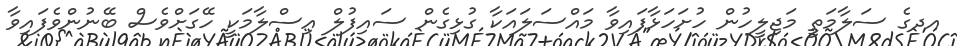
އދގެ ސަލާމަތީ މަޖިލީހުން ހުށަހަޅާފައިވާ މައްސަލައަކާ ގުޅިގެން ސައިފުލް އިސްލާމަކީ ހޭގަށްވެސް ބޭނުންވެފައިވާ